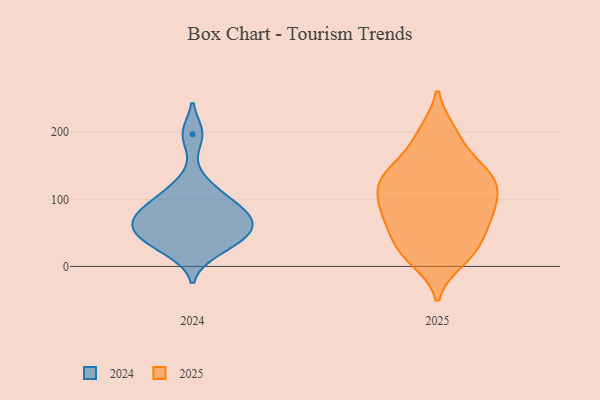
{"axis": {"x": "Net Income (USD K)", "y": "Value"}, "legend": ["2024", "2025"], "data": [{"x": "", "y": 36, "type": "2024"}, {"x": "", "y": 22, "type": "2024"}, {"x": "", "y": 87, "type": "2024"}, {"x": "", "y": 79, "type": "2024"}, {"x": "", "y": 121, "type": "2024"}, {"x": "", "y": 44, "type": "2024"}, {"x": "", "y": 197, "type": "2024"}, {"x": "", "y": 56, "type": "2024"}, {"x": "", "y": 68, "type": "2024"}, {"x": "", "y": 59, "type": "2024"}, {"x": "", "y": 97, "type": "2024"}, {"x": "", "y": 11, "type": "2025"}, {"x": "", "y": 199, "type": "2025"}, {"x": "", "y": 108, "type": "2025"}, {"x": "", "y": 77, "type": "2025"}, {"x": "", "y": 60, "type": "2025"}, {"x": "", "y": 130, "type": "2025"}, {"x": "", "y": 195, "type": "2025"}, {"x": "", "y": 80, "type": "2025"}, {"x": "", "y": 120, "type": "2025"}, {"x": "", "y": 128, "type": "2025"}, {"x": "", "y": 27, "type": "2025"}, {"x": "", "y": 145, "type": "2025"}, {"x": "", "y": 86, "type": "2025"}, {"x": "", "y": 153, "type": "2025"}, {"x": "", "y": 127, "type": "2025"}, {"x": "", "y": 27, "type": "2025"}, {"x": "", "y": 23, "type": "2025"}, {"x": "", "y": 72, "type": "2025"}]}